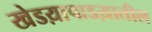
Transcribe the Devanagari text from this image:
खेडय़ापाडय़ातील